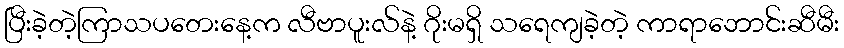
ပြီးခဲ့တဲ့ကြာသပတေးနေ့က လီဗာပူးလ်နဲ့ ဂိုးမရှိ သရေကျခဲ့တဲ့ ကာရာဘောင်းဆီမီး